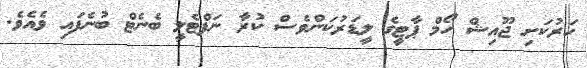
ހަރުކަށި ޖޫއިޝް ހޯމް ޕާޓީގެ ލީޑަރުކަންވެސް ކުރާ ނަފްޓެލީ ބެނެޓް ބުނެފައި ވެއެވެ.